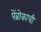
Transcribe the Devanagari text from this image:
पेंब्रोकाची